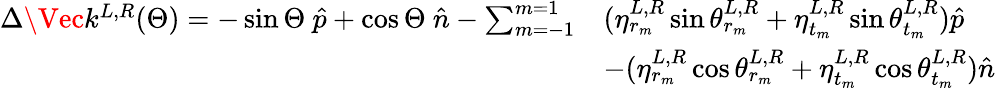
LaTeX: \begin{array}{rl}{\Delta\Vec{k}^{L,R}(\Theta)=-\sin\Theta\ \hat{p}+\cos\Theta\ \hat{n}-\sum_{m=-1}^{m=1}}&{(\eta_{r_{m}}^{L,R}\sin\theta_{r_{m}}^{L,R}+\eta_{{t_{m}}}^{L,R}\sin\theta_{t_{m}}^{L,R})\hat{p}}\\ &{-(\eta_{r_{m}}^{L,R}\cos\theta_{r_{m}}^{L,R}+\eta_{{t_{m}}}^{L,R}\cos\theta_{t_{m}}^{L,R})\hat{n}}\end{array}